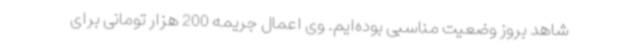
شاهد بروز وضعیت مناسبی بوده‌ایم. وی اعمال جریمه 200 هزار تومانی برای